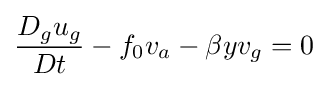
{{D_{g}u_{g} \over Dt}-{f_{0}v_{a}}-{\beta yv_{g}}=0}